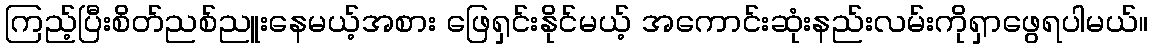
ကြည့်ပြီးစိတ်ညစ်ညူးနေမယ့်အစား ဖြေရှင်းနိုင်မယ့် အကောင်းဆုံးနည်းလမ်းကိုရှာဖွေရပါမယ်။